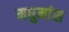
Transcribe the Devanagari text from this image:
मधुमांस